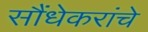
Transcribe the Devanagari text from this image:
सौंधेकरांचे